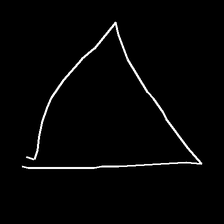
Glyph: convergence